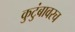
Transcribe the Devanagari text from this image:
कुटुंबावरच